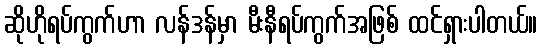
ဆိုဟိုရပ်ကွက်ဟာ လန်ဒန်မှာ မီးနီရပ်ကွက်အဖြစ် ထင်ရှားပါတယ်။